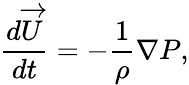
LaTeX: \frac{d\overrightarrow{U}}{dt}=-\frac{1}{\rho}\nabla P,